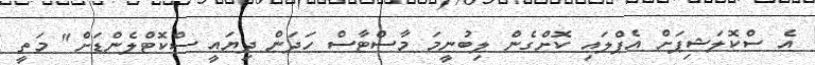
އެ ސްކޮލަޝިޕަށް އެޕްލައި ކޮށްގެން ލިބުނީމަ މާސްޓާސް ހަދަން ދިޔައީ ސްކޮޓްލެންޑަށް" މަތީ